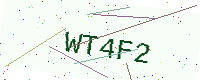
Text: WT4F2